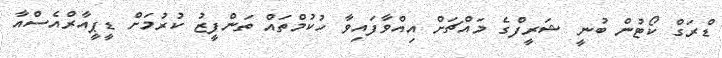
ޑްރަގް ކޯޓުން ބުނީ ޝަރީފްގެ މައްޗަށް އިއްވާފައިވާ ހުކުމްތައް ތަންފީޒު ކުރުމަށް ޑީޕީއާރްއެސްއާ